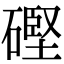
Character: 䃘